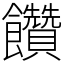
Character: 饡